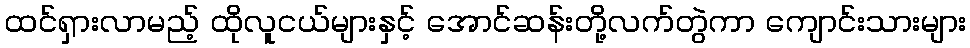
ထင်ရှားလာမည့် ထိုလူငယ်များနှင့် အောင်ဆန်းတို့လက်တွဲကာ ကျောင်းသားများ